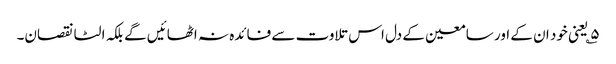
۵؎ یعنی خود ان کے اور سامعین کے دل اس تلاوت سے فائدہ نہ اٹھائیں گے بلکہ الٹا نقصان۔